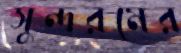
সুন্দরমের